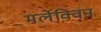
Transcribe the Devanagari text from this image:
मर्लेक्विन